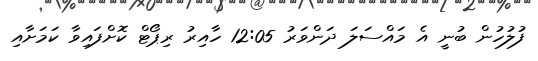
ފުލުހުން ބުނީ އެ މައްސަލަ ދަންވަރު 12:05 ހާއިރު ރިޕޯޓް ކޮށްފައިވާ ކަމަށާއި